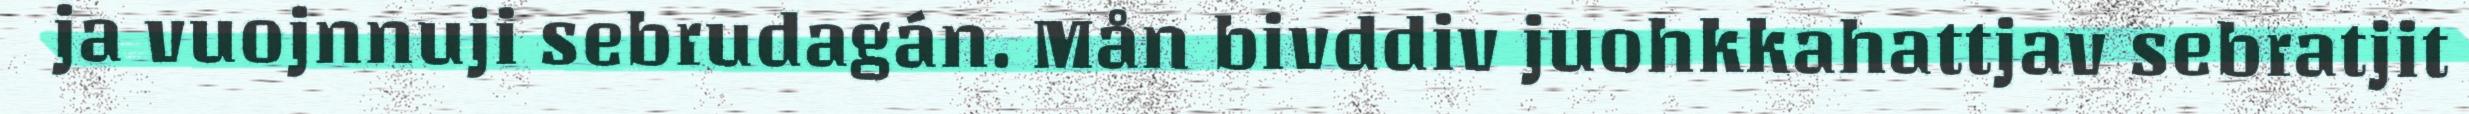
ja vuojnnuji sebrudagán. Mån bivddiv juohkkahattjav sebratjit